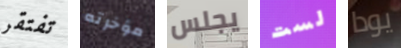
تفتقر مؤخرته يجلس لست يودا